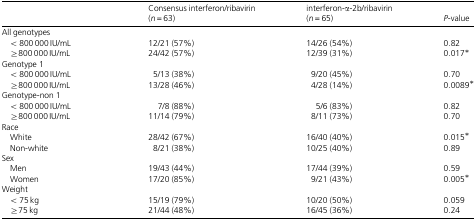
<table><thead><tr><td></td><td><b>Consensus interferon/ribavirin (<i>n</i>=63)</b></td><td><b>interferon-α-2b/ribavirin (<i>n</i>=65)</b></td><td><b><i>P</i>-value</b></td></tr></thead><tbody><tr><td colspan="4">All genotypes</td></tr><tr><td>&lt;800 000 IU/mL</td><td>12/21 (57%)</td><td>14/26 (54%)</td><td>0.82</td></tr><tr><td>≥800 000 IU/mL</td><td>24/42 (57%)</td><td>12/39 (31%)</td><td>0.017*</td></tr><tr><td colspan="4">Genotype 1</td></tr><tr><td>&lt;800 000 IU/mL</td><td>5/13 (38%)</td><td>9/20 (45%)</td><td>0.70</td></tr><tr><td>≥800 000 IU/mL</td><td>13/28 (46%)</td><td>4/28 (14%)</td><td>0.0089*</td></tr><tr><td colspan="4">Genotype-non 1</td></tr><tr><td>&lt;800 000 IU/mL</td><td>7/8 (88%)</td><td>5/6 (83%)</td><td>0.82</td></tr><tr><td>≥800 000 IU/mL</td><td>11/14 (79%)</td><td>8/11 (73%)</td><td>0.70</td></tr><tr><td colspan="4">Race</td></tr><tr><td>White</td><td>28/42 (67%)</td><td>16/40 (40%)</td><td>0.015*</td></tr><tr><td>Non-white</td><td>8/21 (38%)</td><td>10/25 (40%)</td><td>0.89</td></tr><tr><td colspan="4">Sex</td></tr><tr><td>Men</td><td>19/43 (44%)</td><td>17/44 (39%)</td><td>0.59</td></tr><tr><td>Women</td><td>17/20 (85%)</td><td>9/21 (43%)</td><td>0.005*</td></tr><tr><td colspan="4">Weight</td></tr><tr><td>&lt;75 kg</td><td>15/19 (79%)</td><td>10/20 (50%)</td><td>0.059</td></tr><tr><td>≥75 kg</td><td>21/44 (48%)</td><td>16/45 (36%)</td><td>0.24</td></tr></tbody></table>